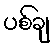
ပစ်ချ